Medical and sanitary report of the native army of Madras for the year
Year: 1872
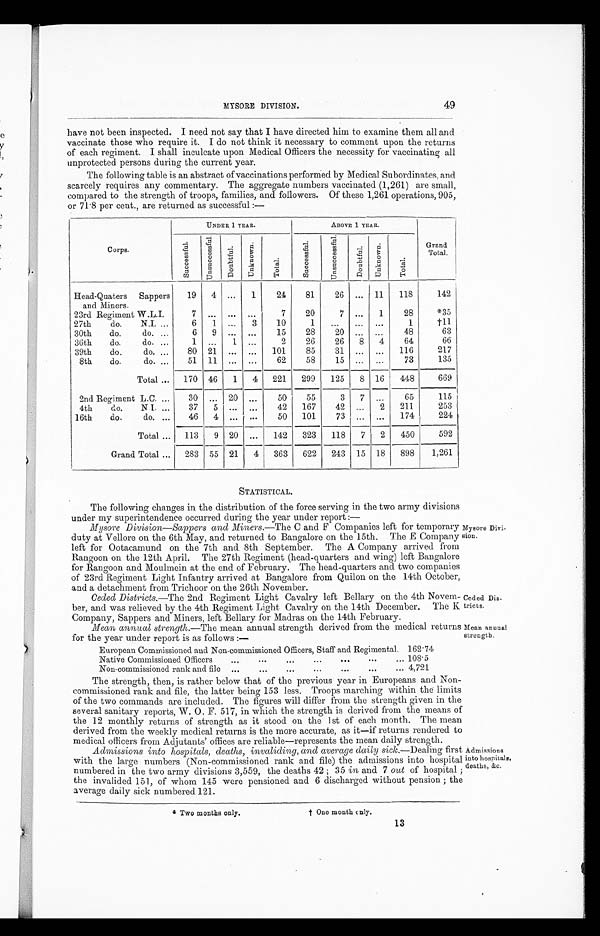
49
MYSORE DIVISION.
have not been inspected. I need not say that I have directed him to examine them all and
vaccinate those who require it. I do not think it necessary to comment upon the returns
of each regiment. I shall inculcate upon Medical Officers the necessity for vaccinating all
unprotected persons during the current year.
The following table is an abstract of vaccinations performed by Medical Subordinates, and
scarcely requires any commentary. The aggregate numbers vaccinated (1,261) are small,
compared to the strength of troops, families, and followers. Of these 1,261 operations, 905,
or 71.8 per cent., are returned as successful :—
Corps.
UNDER 1 YEAR.
ABOVE 1 YEAR.
Grand
total.
S u c c e s s f u l .
U n s u c c e s s f u l .
D o u b t f u l .
Un k n o wn .
Total.
S u c c e s s f u l .
U n s u c c e s s f u l .
Doubt f ul .
Un k n o wn .
Tot al
Head-Quaters Sappers
and Miners.
19
4
...
1
24
81
26
...
11
118
142
23rd Regiment W.L.I.
7
. . . ...
. . .
7
20
7
...
1
28
*35
27th do. N.I.
6
1
...
3
10
1
...
... ...
1
+ 1 1
30th do. do.
6
9
. . .
. . .
15
28
20
...
...
48
63
36th do. do.
1
...
1
...
2
26
26
8
4
64
66
39th do.do.
80
21
... ...
101
85
31
. . .
. . . 116
217
8th do. do.
51
11
. . .
. . .
62
58
15
...
...
73
135
Total
170
46
1
4
221
299
125
8 16
448
669
2nd Regiment L.C.
30
...
20
...
50
55
3
7
...
65
115
4th
do. N I
37
5
...
...
42
167
42
...
2
211
253
16th do. do.
46
4
...
...
50
101
73 ...
...
174
224
Total
113
9
20
...
142
323
118
7
2
450
592
Grand Total
283
55
21
4
363
622
243
15
18
898
1,261
STATISTICAL.
The following changes in the distribution of the force serving in the two army divisions
under my superintendence occurred during the year under report :-
Mysore Division—Sappers and Miners. —The C and F Companies left for temporary
duty at Vellore on the 6th May, and returned to Bangalore on the 15th. The E Company
left for Ootacamund on the 7th and. 8th September. The A Company arrived from
Rangoon on the 12th April. The 27th Regiment (head-quarters and wing) left Bangalore
for Rangoon and Moulmein at the end of February. The head-quarters and two companies
of 23rd Regiment Light Infantry arrived at Bangalore from Quilon on the 14th October,
and a detachment from Trichoor on the 26th November.
Ceded Districts. —The 2nd Regiment Light Cavalry left Bellary on the 4th Novem-
ber, and was relieved by the 4th Regiment Light Cavalry on the 14th December. The K
Company, Sappers and Miners, left Bellary for Madras on the 14th February.
Mean annual strength .—The mean annual strength derived from the medical returns
for the year under report is as follows :—
Mysore Divi-
sion.
Ceded Dis-
tricts.
Mean annual,
strength.
European Commissioned and Non-commissioned Officers, Staff and Regimental. 162.74
Native Commissioned Officers
108.5
Non-commissioned rank and file
4,721
The strength, then, is rather below that of the previous year in Europeans and Non-
commissioned rank and file, the latter being 153 less. Troops marching within the limits
of the two commands are included. The figures will differ from the strength given in the
several sanitary reports, W. 0. F. 517, in which the strength is derived from the means of
the 12 monthly returns of strength as it stood on the 1st of each month. The mean
derived from the weekly medical returns is the more accurate, as it—if returns rendered to
medical officers from Adjutants' offices are reliable—represents the mean daily strength.
Admissions into hospitals, deaths, invaliding, and average daily sick.—Dealing first
with the large numbers (Non-commissioned rank and file) the admissions into hospital
numbered in the two army divisions 3,559, the deaths 42 ; 35 in and 7 out of hospital ;
the invalided 151, of whom 145 were pensioned and 6 discharged without pension ; the
average daily sick numbered 121.
Two months only.
† One month o nly.
Admissions
into hospitals,
deaths, &c.
13